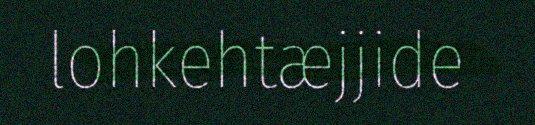
lohkehtæjjide